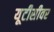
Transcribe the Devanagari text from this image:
यूटीसीवर